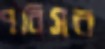
পবিসর